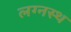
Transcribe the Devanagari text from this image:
लग्नस्थ